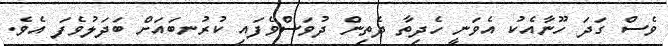
ވެސް ގަދަ ހޫނާއެކު އެވަނީ ހެދިތާ ދެތިން ދުވަސްވެފައި ކުރުނބައަށް ބަދަލުވެފަ އެވެ.